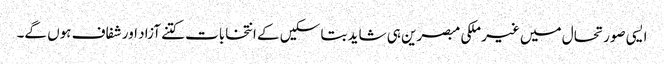
ایسی صورتحال میں غیر ملکی مبصرین ہی شاید بتا سکیں کے انتخابات کتنے آزاد اور شفاف ہوں گے۔